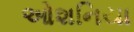
ઓશનિયા